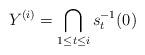
LaTeX: \begin{align*}Y^{(i)} = \bigcap_{1\leq t \leq i} s_t^{-1}(0) \end{align*}